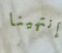
إنتهينا